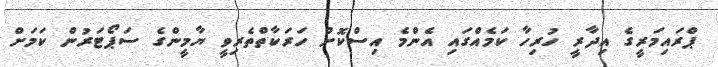
ޕްރައިމަރީގެ އިދާރީ ހުރިހާ ކަމެއްގައި އެންމެ އިސްކޮށް ހަރަކާތްތެރިވީ ޔާމީންގެ ސަޕޯޓަރުން ކަމަށް